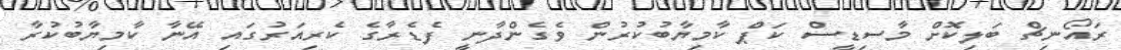
ރައޯނިޗް ބަލިކޮށް މާސިޑީސް ކަޕް ކާމިޔާބުކުރުން ވެގެންދާނީ ފެޑެރާގެ ކެރިއަރުގައި އޭނާ ކާމިޔާބުކުރާ